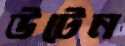
উটেন